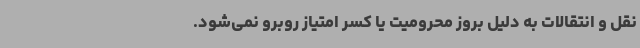
نقل و انتقالات به دلیل بروز محرومیت یا کسر امتیاز روبرو نمی‌شود.